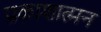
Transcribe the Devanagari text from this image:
प्रकाशात्मन